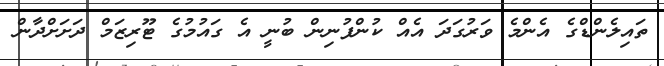
ތައިލެންޑްގެ އެންމެ ވަރުގަދަ އެއް ކުންފުނިން ބުނީ އެ ގައުމުގެ ޓޫރިޒަމް ދަށަށްދާން